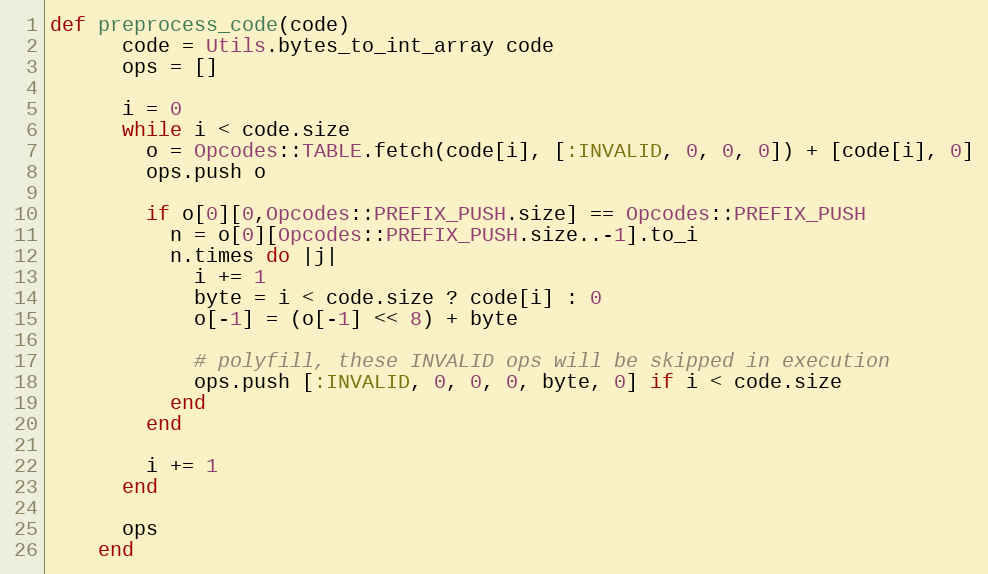
Language: Ruby
def preprocess_code(code)
      code = Utils.bytes_to_int_array code
      ops = []

      i = 0
      while i < code.size
        o = Opcodes::TABLE.fetch(code[i], [:INVALID, 0, 0, 0]) + [code[i], 0]
        ops.push o

        if o[0][0,Opcodes::PREFIX_PUSH.size] == Opcodes::PREFIX_PUSH
          n = o[0][Opcodes::PREFIX_PUSH.size..-1].to_i
          n.times do |j|
            i += 1
            byte = i < code.size ? code[i] : 0
            o[-1] = (o[-1] << 8) + byte

            # polyfill, these INVALID ops will be skipped in execution
            ops.push [:INVALID, 0, 0, 0, byte, 0] if i < code.size
          end
        end

        i += 1
      end

      ops
    end